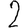
Digit: 2